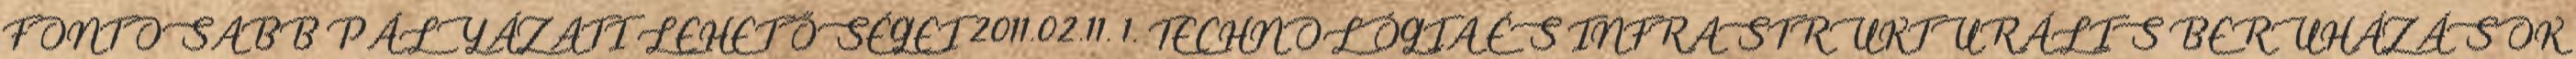
FONTOSABB PÁLYÁZATI LEHETŐSÉGEI 2011.02.11. 1. TECHNOLÓGIA ÉS INFRASTRUKTURÁLIS BERUHÁZÁSOK